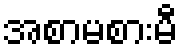
အစာမစားမီ